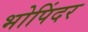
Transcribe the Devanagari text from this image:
भोपिंदर